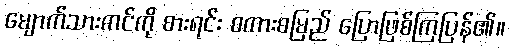
မျောက်သားကင်ကို စားရင်း စကားစမြည် ပြောဖြစ်ကြပြန်၏။